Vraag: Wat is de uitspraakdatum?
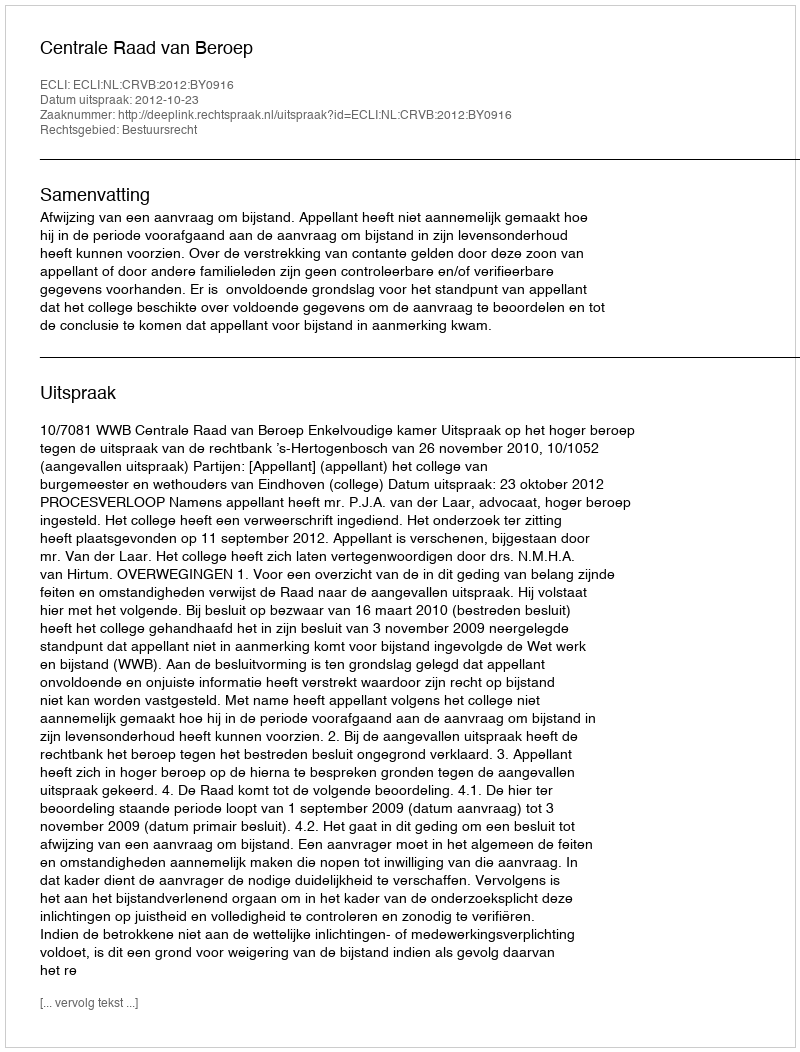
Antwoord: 2012-10-23